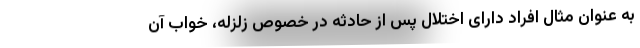
به عنوان مثال افراد دارای اختلال پس از حادثه در خصوص زلزله، خواب آن